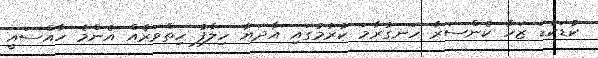
ކުޑަކުޑަ ޒަހާ ކެންސަރާ ހަނގުރާމަ ކުރުމުގައި އާދަޔާ ހިލާފު ހިތްވަރެއް އެންމެ ހާއްސައީ